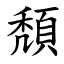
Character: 頽